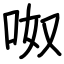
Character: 呶